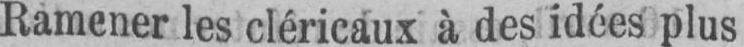
Ramener les cléricaux à des idées plus